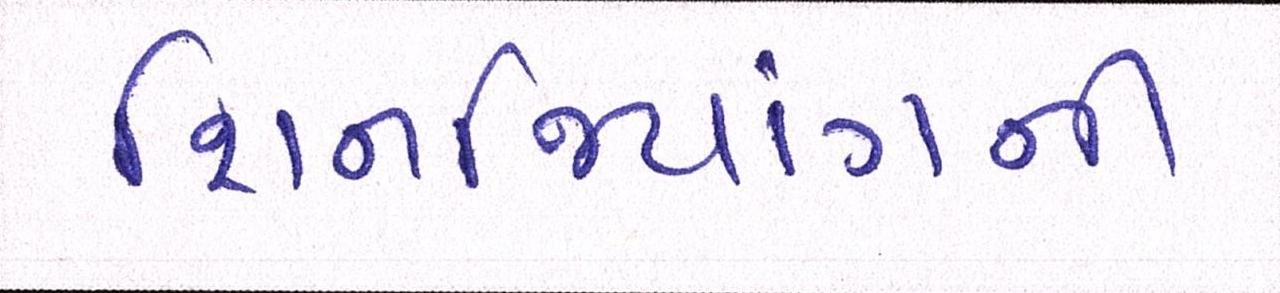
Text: શિનજિયાંગની